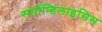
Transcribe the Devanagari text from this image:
स्पाॉन्डिलाइसिस